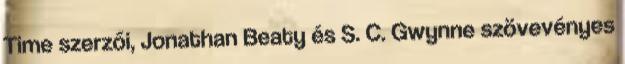
Time szerzői, Jonathan Beaty és S. C. Gwynne szövevényes